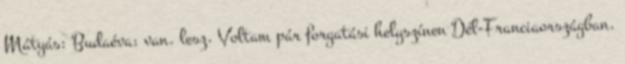
Mátyás: Budaéva: van. lesz. Voltam pár forgatási helyszínen Dél-Franciaországban.